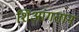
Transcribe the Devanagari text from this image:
शिआंगतान